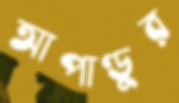
আপাণ্ডুর